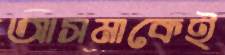
আসমাকেই